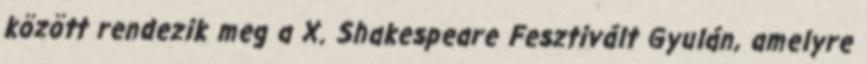
között rendezik meg a X. Shakespeare Fesztivált Gyulán, amelyre